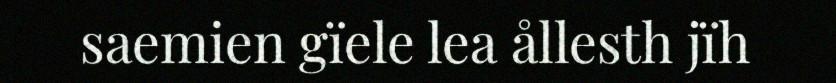
saemien gïele lea ållesth jïh